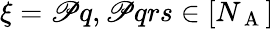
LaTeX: \xi={\mathscr{P}q,\mathscr{P}qrs\in[N_{\mathrm{{~A~}}}]}